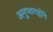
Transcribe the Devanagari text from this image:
अनुभागहोने